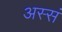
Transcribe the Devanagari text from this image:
अस्सं